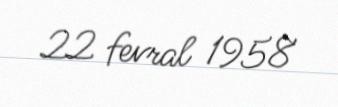
22 fevral 1958